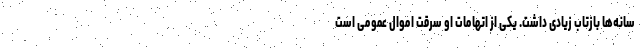
سانه‌ها بازتاب زیادی داشت. یکی از اتهامات او سرقت اموال عمومی است